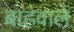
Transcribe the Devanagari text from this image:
बाहवाले